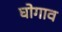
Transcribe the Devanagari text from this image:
घोगाव